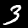
Label: 3